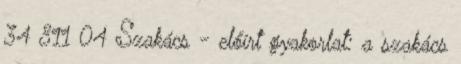
34 811 04 Szakács - előírt gyakorlat: a szakács